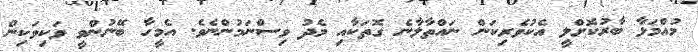
މުއްމަޅާ ބާރުކޮށްލީ އެކުވެރިކަން ނައްތާލާނެ ގޮތަކާއި މެދު ވިސްނަމުންނެވެ. އެމީހާ ބޭނުންވީ ވަކިވަކިން